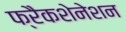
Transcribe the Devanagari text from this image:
फ्रैकशेनेशन